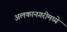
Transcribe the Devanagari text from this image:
अलकानगरीमध्ये